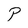
Character: P